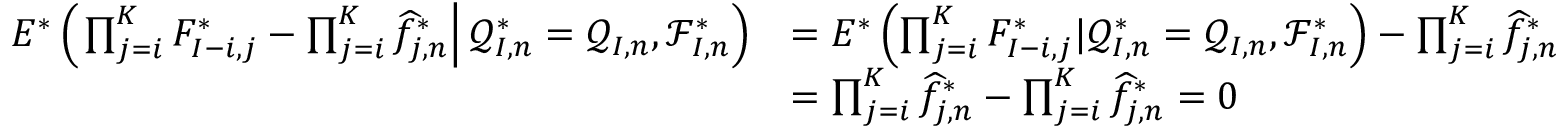
\begin{array} { r l } { E ^ { * } \left( \left. \prod _ { j = i } ^ { K } F _ { I - i , j } ^ { * } - \prod _ { j = i } ^ { K } \widehat f _ { j , n } ^ { * } \right| \mathcal { Q } _ { I , n } ^ { * } = \mathcal { Q } _ { I , n } , \mathcal { F } _ { I , n } ^ { * } \right) } & { = E ^ { * } \left( \prod _ { j = i } ^ { K } F _ { I - i , j } ^ { * } | \mathcal { Q } _ { I , n } ^ { * } = \mathcal { Q } _ { I , n } , \mathcal { F } _ { I , n } ^ { * } \right) - \prod _ { j = i } ^ { K } \widehat f _ { j , n } ^ { * } } \\ & { = \prod _ { j = i } ^ { K } \widehat f _ { j , n } ^ { * } - \prod _ { j = i } ^ { K } \widehat f _ { j , n } ^ { * } = 0 } \end{array}